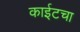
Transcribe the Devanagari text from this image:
काईटचा